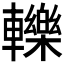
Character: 轢